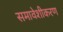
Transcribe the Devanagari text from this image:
समावेशीकरण